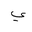
Letter: _ya